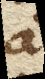
à